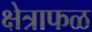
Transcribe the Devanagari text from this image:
क्षेत्राफळ